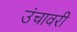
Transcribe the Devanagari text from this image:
उंचावरी